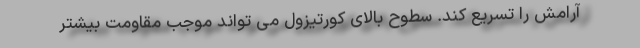
آرامش را تسریع کند. سطوح بالای کورتیزول می تواند موجب مقاومت بیشتر